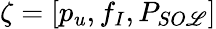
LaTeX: \zeta=[p_{u},f_{I},P_{SO\mathscr{L}}]